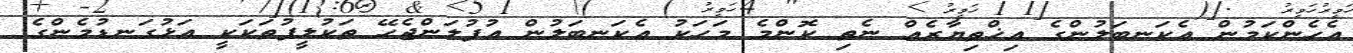
އެހެންކަމުން އެކަނބަލުންގެ އިޚްތިޔާރެއް ނެތި ކޮންމެ މަހަކު އެކަނބަލުން އުފުލަންޖެހޭ ތަކުލީފުތަކަކީ އަޅުގަނޑުމެންގެ